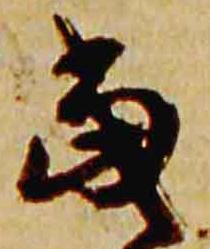
当